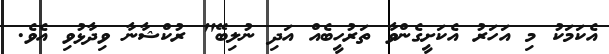
އެކަމަކު މި އަހަރު އެކަށީގެންވާ ތަރުހީބެއް އަދި ނުލިބޭ" ރުކްޝާނާ ވިދާޅުވި އެވެ.